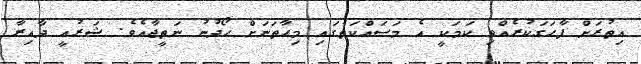
އިތުރަށް ފާހަގަކުރެއްވި ކަމަކީ އެ މަސައްކަތުގައި މިހާތަނަށް ހޯދުނު ނަތީޖާއެވެ. ޝަރުއީ ދާއިރާ